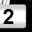
Digit: 2